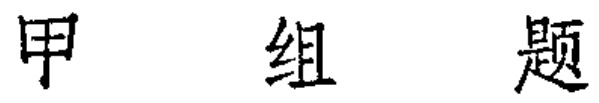
甲组题